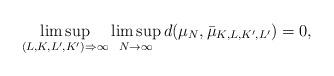
LaTeX: \begin{align*} \limsup_{(L,K,L',K') \Rightarrow \infty} \limsup_{N \rightarrow \infty } d(\mu_N, \bar{\mu}_{K,L, K', L'})=0,\end{align*}